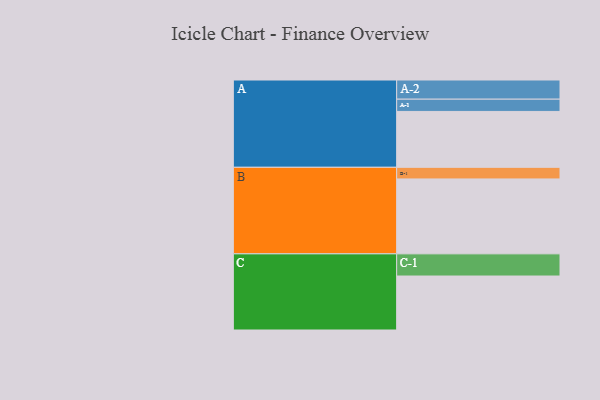
{"axis": {"x": "Segment", "y": "Value"}, "legend": ["", "A", "B", "C"], "data": [{"x": "A", "y": 446, "type": ""}, {"x": "B", "y": 598, "type": ""}, {"x": "C", "y": 431, "type": ""}, {"x": "A-1", "y": 98, "type": "A"}, {"x": "A-2", "y": 153, "type": "A"}, {"x": "B-1", "y": 93, "type": "B"}, {"x": "C-1", "y": 177, "type": "C"}]}